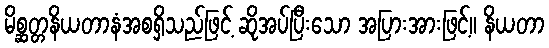
မိစ္ဆတ္တနိယတာနံအစရှိသည်ဖြင့် ဆိုအပ်ပြီးသော အပြားအားဖြင့်။ နိယတာ